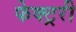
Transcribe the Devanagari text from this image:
फेक्ट्ररी